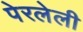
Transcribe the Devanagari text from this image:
पेरलेली